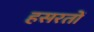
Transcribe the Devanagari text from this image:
हसरतों